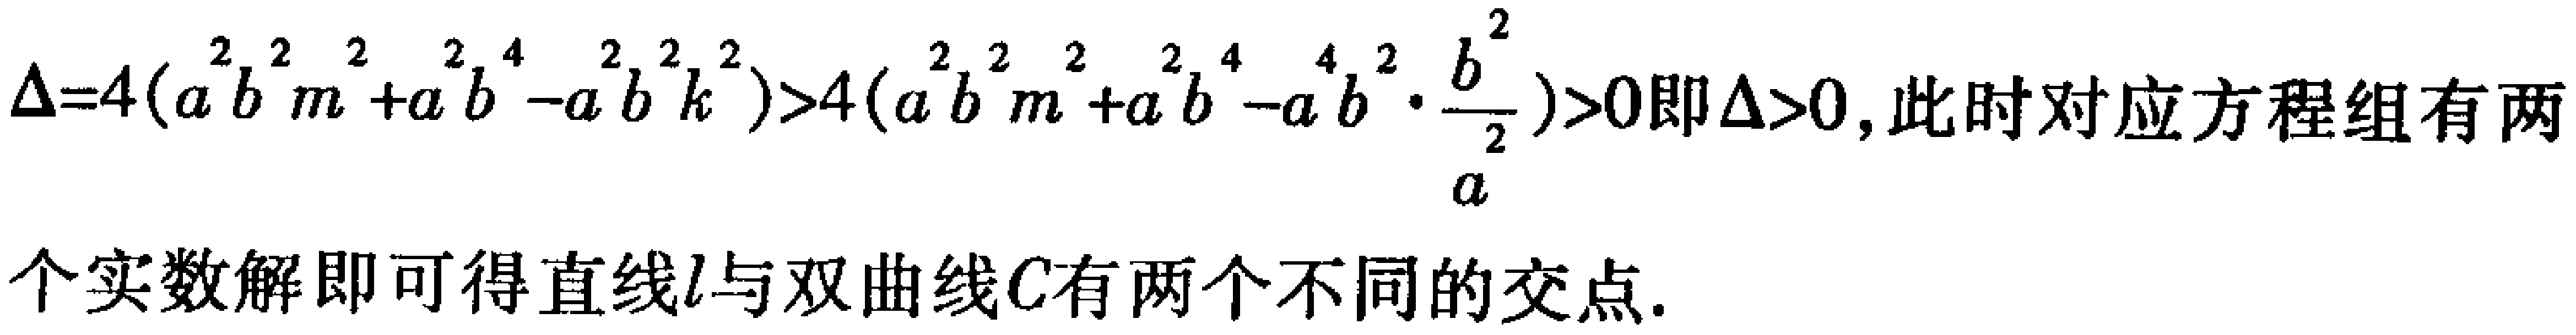
\(\Delta = 4(a^{2}b^{2}m^{2}+a^{2}b^{4}-a^{2}b^{2}k^{2})>4(a^{2}b^{2}m^{2}+a^{2}b^{4}-a^{4}b^{2}\cdot\frac{b^{2}}{a^{2}})>0\)即\(\Delta>0\)，此时对应方程组有两个实数解即可得直线\(l\)与双曲线\(C\)有两个不同的交点.